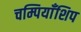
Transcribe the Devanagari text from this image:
चम्पियाँशिप